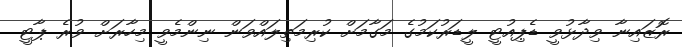
ރޮޒައިނާ ވިދާޅުވީ ޑެޕިއުޓީ ލީޑަރުކަމުގެ މަގާމަށް ކުރިމަތިލައްވަން ނިންމެވީ މިހާރަށް ވުރެ ޕާޓީ